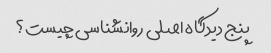
پنج دیدگاه اصلی روانشناسی چیست؟